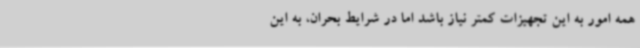
همه امور به این تجهیزات کمتر نیاز باشد اما در شرایط بحران، به این